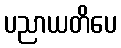
ပညာယတိပေ